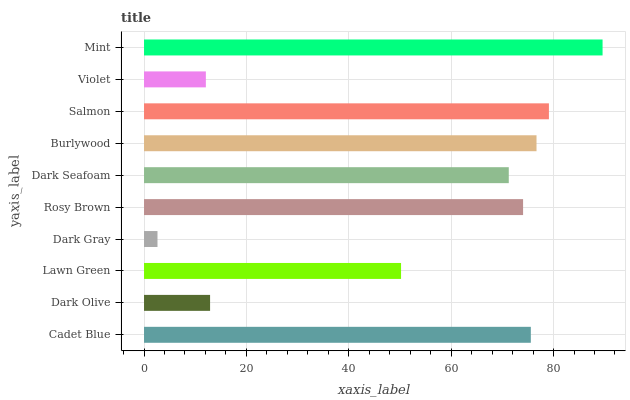
| yaxis_label | bars |
 | --- | --- |
 | Cadet Blue | 75.6 |
 | Dark Olive | 12.9 |
 | Lawn Green | 50.2 |
 | Dark Gray | 2.63 |
 | Rosy Brown | 74 |
 | Dark Seafoam | 71.3 |
 | Burlywood | 76.7 |
 | Salmon | 79.1 |
 | Violet | 12.1 |
 | Mint | 89.6 |